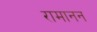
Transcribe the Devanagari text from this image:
रामानन